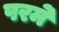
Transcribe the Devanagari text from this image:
परमे